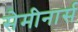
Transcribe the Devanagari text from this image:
सेमीनार्स